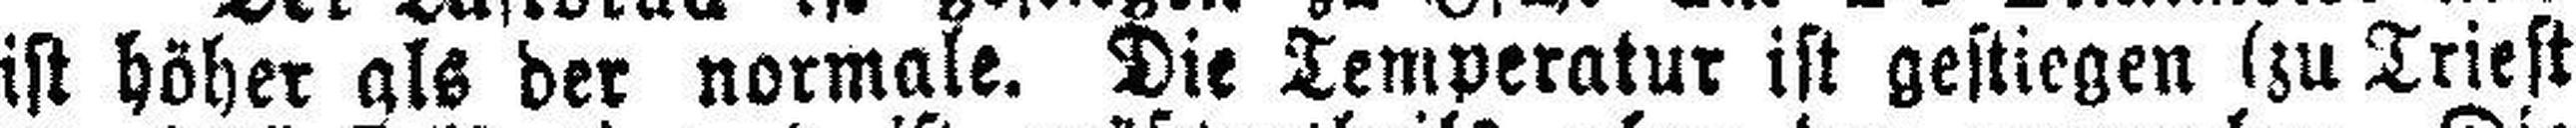
ist höher als der normale. Die Temperatur ist gestiegen (zu Triest